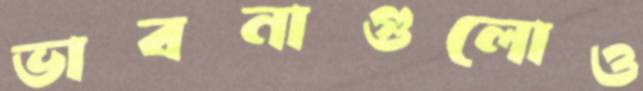
ভাবনাগুলোও